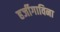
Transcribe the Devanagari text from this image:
हर्जीगाविना